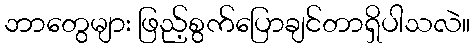
ဘာတွေများ ဖြည့်စွက်ပြောချင်တာရှိပါသလဲ။